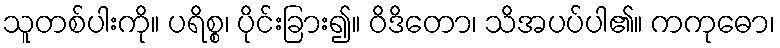
သူတစ်ပါးကို။ ပရိစ္စ၊ ပိုင်းခြား၍။ ဝိဒိတော၊ သိအပပ်ပါ၏။ ကကုဓော၊